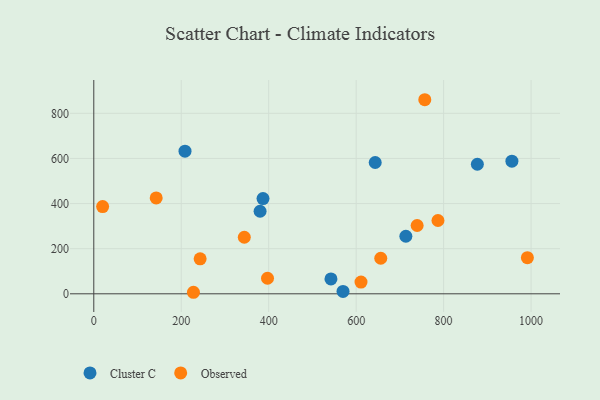
{"axis": {"x": "Distance", "y": "Profit"}, "legend": ["Cluster C", "Observed"], "data": [{"x": "542.4", "y": 66.0, "type": "Cluster C"}, {"x": "643.6", "y": 582.0, "type": "Cluster C"}, {"x": "877.2", "y": 574.2, "type": "Cluster C"}, {"x": "956.2", "y": 587.7, "type": "Cluster C"}, {"x": "208.6", "y": 632.0, "type": "Cluster C"}, {"x": "380.3", "y": 366.0, "type": "Cluster C"}, {"x": "387.0", "y": 422.2, "type": "Cluster C"}, {"x": "713.7", "y": 255.1, "type": "Cluster C"}, {"x": "570.0", "y": 10.6, "type": "Cluster C"}, {"x": "243.2", "y": 154.9, "type": "Observed"}, {"x": "757.0", "y": 860.2, "type": "Observed"}, {"x": "227.9", "y": 6.8, "type": "Observed"}, {"x": "611.1", "y": 51.9, "type": "Observed"}, {"x": "397.3", "y": 68.9, "type": "Observed"}, {"x": "991.6", "y": 160.0, "type": "Observed"}, {"x": "656.3", "y": 157.5, "type": "Observed"}, {"x": "344.2", "y": 250.6, "type": "Observed"}, {"x": "142.7", "y": 425.0, "type": "Observed"}, {"x": "787.1", "y": 324.9, "type": "Observed"}, {"x": "739.5", "y": 302.8, "type": "Observed"}, {"x": "20.2", "y": 386.5, "type": "Observed"}]}